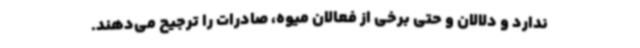
ندارد و دلالان و حتی برخی از فعالان میوه، صادرات را ترجیح می‌دهند.